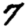
Digit: 7